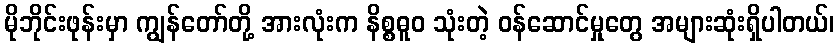
မိုဘိုင်းဖုန်းမှာ ကျွန်တော်တို့ အားလုံးက နိစ္စဓူဝ သုံးတဲ့ ဝန်ဆောင်မှုတွေ အများဆုံးရှိပါတယ်၊